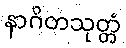
နာဂိတသုတ္တံ